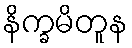
နိက္ခမိတူန